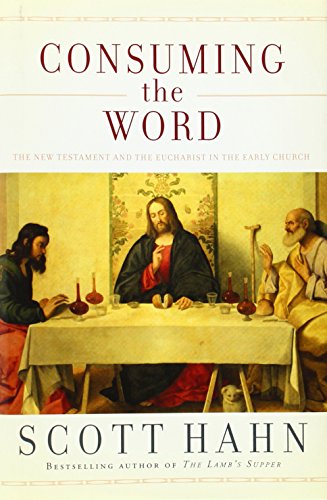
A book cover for Consuming the Word: The New Testament and The Eucharist in the Early Church; Scott Hahn; Christian Books & Bibles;